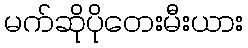
မက်ဆိုပိုတေးမီးယား